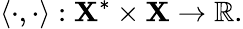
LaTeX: \langle\cdot,\cdot\rangle:\mathbf{X}^{*}\times\mathbf{X}\to\mathbb{{R}}.